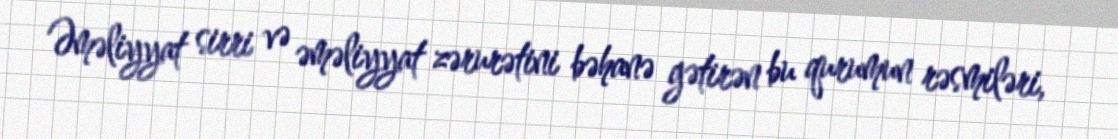
Əməliyyat sirri və əməliyyat zərurətini bəhanə gətirən bu qurumun rəsmiləri,